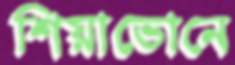
শিয়াভোনে